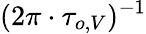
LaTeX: (2\pi\cdot\tau_{o,V})^{-1}